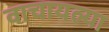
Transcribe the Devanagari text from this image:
वाचायल्या